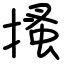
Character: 搔